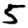
Digit: 5